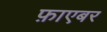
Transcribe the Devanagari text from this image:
फ़ाएबर